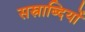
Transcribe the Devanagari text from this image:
सस्राब्दियों